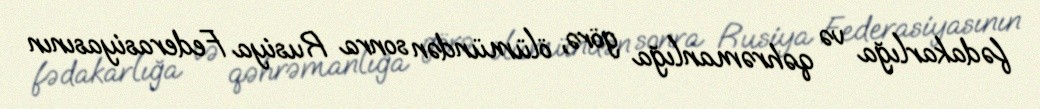
fədakarlığa və qəhrəmanlığa görə, ölümündən sonra Rusiya Federasiyasının